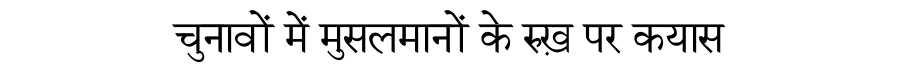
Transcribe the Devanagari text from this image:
चुनावों में मुसलमानों के रुख़ पर कयास